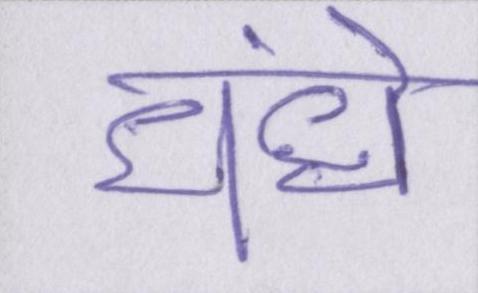
धंधे